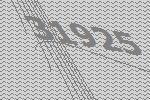
31925